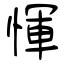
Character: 惲